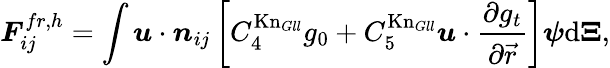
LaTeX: \boldsymbol{F}_{ij}^{fr,h}=\int\boldsymbol{u}\cdot\boldsymbol{n}_{ij}\left[C_{4}^{\mathrm{Kn}_{Gll}}g_{0}+C_{5}^{\mathrm{Kn}_{Gll}}\boldsymbol{u}\cdot\frac{\partial g_{t}}{\partial\vec{r}}\right]\boldsymbol{\psi}\mathrm{{d}}\boldsymbol{\Xi},